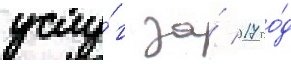
услу́г за́ 2017 го́д